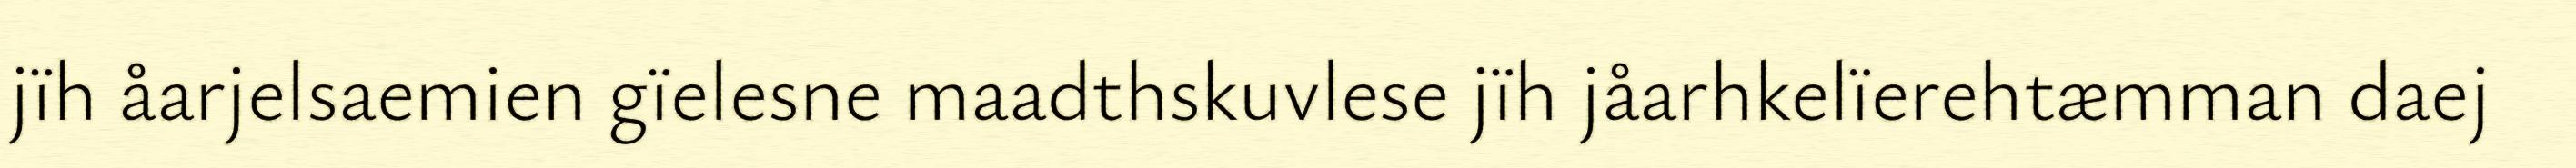
jïh åarjelsaemien gïelesne maadthskuvlese jïh jåarhkelïerehtæmman daej